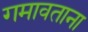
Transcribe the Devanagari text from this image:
गमावताना